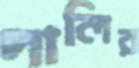
দালির